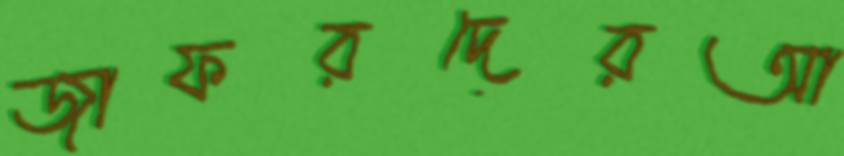
জাফরদেরআ